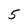
Character: 5